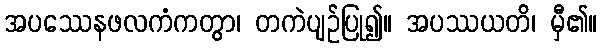
အပဿေနဖလကံကတွာ၊ တကဲပျဉ်ပြု၍။ အပဿယတိ၊ မှီ၏။